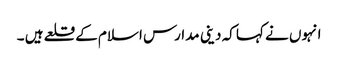
انہوں نے کہا کہ دینی مدارس اسلام کے قلعے ہیں ۔